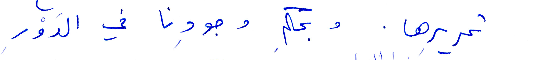
تحريرها. وبحكم وجودنا في الدور